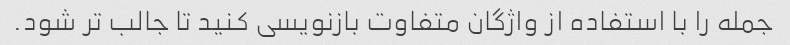
جمله را با استفاده از واژگان متفاوت بازنویسی کنید تا جالب تر شود.